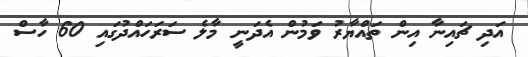
އަދި ޗައިނާ އިން ތައްޔާރު ވަމުން އެދަނީ މާލެ ސަރަހައްދުގައި 60 ހާސް